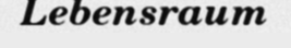
Lebensraum